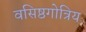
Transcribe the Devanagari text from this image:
वसिष्ठगोत्रिय